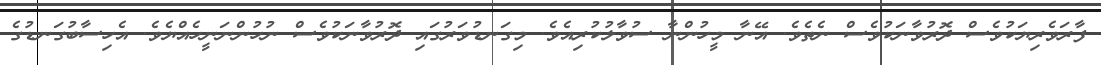
ފާރަވެރިޔަކުވެސް ދޮރުވާނަކުވެސް ނެތެވެ. އޭނާ މީހުންނާ ސުވާލުކުރިއެވެ. މިގަނޑުވަރުގައި ދޮރުވާނަކުވެސް ނުހުންނަނީހެއްޔެވެ. އެހިސާބުގަނޑުގެ